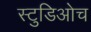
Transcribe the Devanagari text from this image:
स्टुडिओच